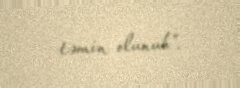
təmin olunub”.